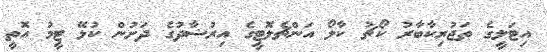
އިޓަލީގެ ތަޖުރިކާބާރު ކޯޗު ކާލޯ އަންޗެލޮޓީގެ އިރުޝާދުގެ ދަށުން ކުޅޭ ޓީމު އޮތީ